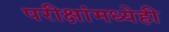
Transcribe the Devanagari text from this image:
परीक्षांमध्येही